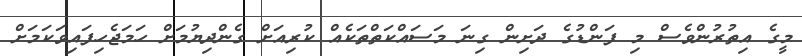
މީގެ އިތުރުންވެސް މި ފަންޑުގެ ދަށިން ގިނަ މަސައްކަތްތަކެއް ކުރިއަށް ގެންދިޔުމަށް ހަމަޖެހިފައިވަކަމަށް